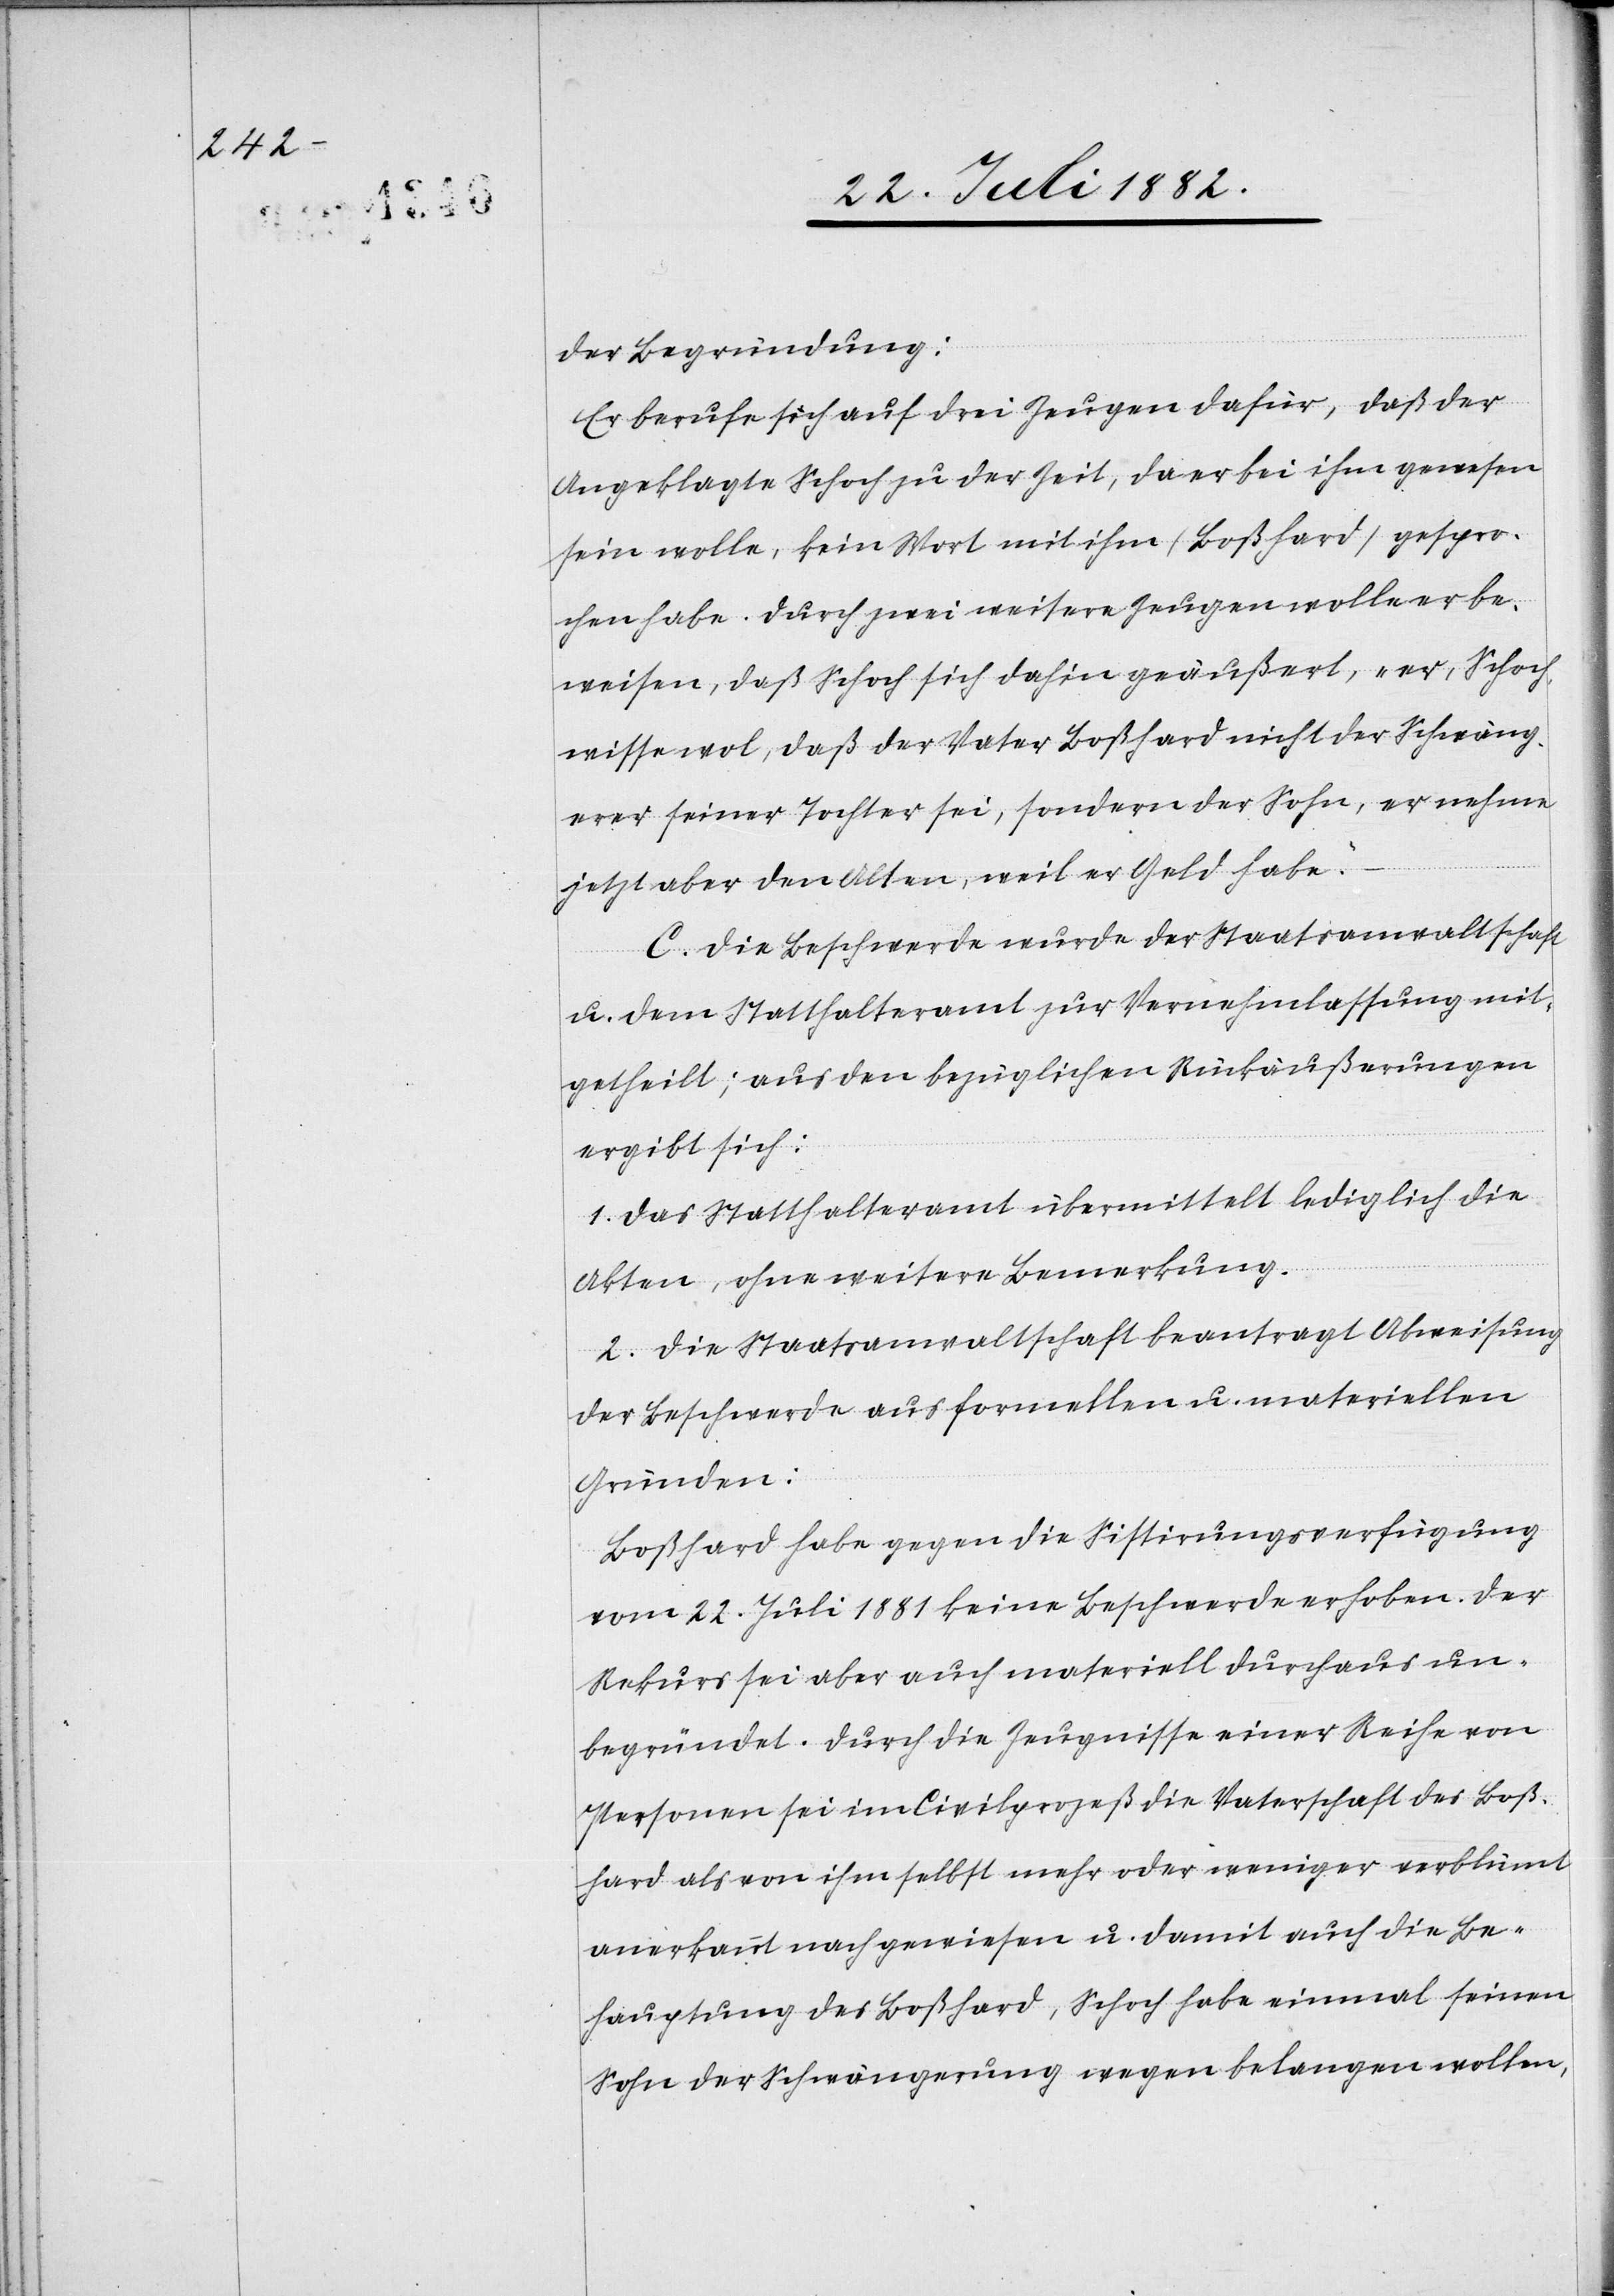
der Begründung:
Er berufe sich auf drei Zeugen dafür, daß der
Angeklagte Schoch zu der Zeit, da er bei ihm gewesen
sein wolle, kein Wort mit ihm (Boßhard) gespro¬
chen habe. Durch zwei weitere Zeugen wolle er be¬
weisen, daß Schoch sich dahin geäußert, „er, Schoch,
wisse wol, daß der Vater Boßhard nicht der Schwäng¬
erer seiner Tochter sei, sondern der Sohn, er nehme
jetzt aber den Alten, weil er Geld habe.“
C. Die Beschwerde wurde der Staatsanwaltschaft
u. dem Statthalteramt zur Vernehmlassung mit¬
getheilt; aus den bezüglichen Rückäußerungen
ergibt sich:
1. Das Statthalteramt übermittelt lediglich die
Akten, ohne weitere Bemerkung.
2. Die Staatsanwaltschaft beantragt Abweisung
der Beschwerde aus formellen u. materiellen
Gründen:
Boßhard habe gegen die Sistirungsverfügung
vom 22. Juli 1881 keine Beschwerde erhoben. Der
Rekurs sei aber auch materiell durchaus un¬
begründet. Durch die Zeugnisse einer Reihe von
Personen sei im Civilprozeß die Vaterschaft des Boß¬
hard als von ihm selbst mehr oder weniger verblümt
anerkannt nachgewiesen u. damit auch die Be¬
hauptung des Boßhard, Schoch habe einmal seinen
Sohn der Schwängerung wegen belangen wollen,